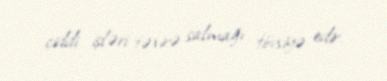
ciddi işləri təxirə salmağı tövsiyə edir.